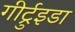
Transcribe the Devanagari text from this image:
गीर्ट्रुइडा